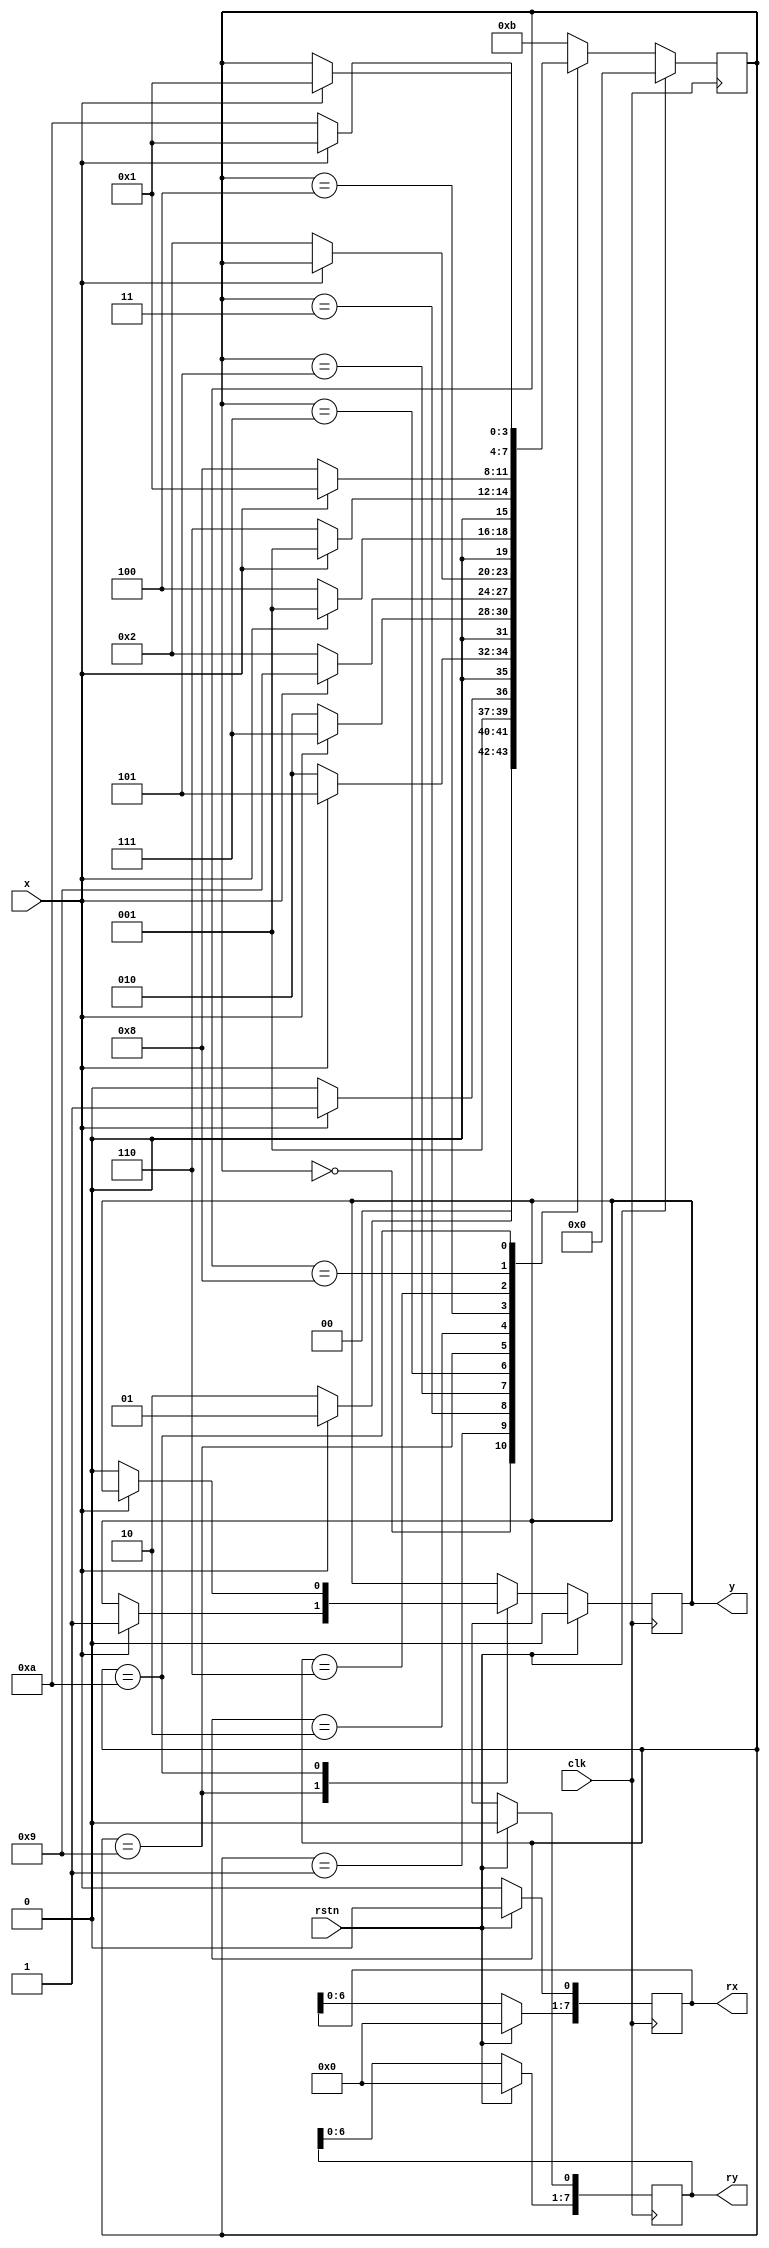
`timescale 1ns / 1ps
//////////////////////////////////////////////////////////////////////////////////
// Company:
// Engineer:
//
// Design Name:
// Module Name: SIR
// Project Name:
// Target Devices:
// Tool Versions:
// Description:
//
// Dependencies:
//
// Revision:
// Revision 0.01 - File Created
// Additional Comments:
//
//////////////////////////////////////////////////////////////////////////////////

module SIR (input clk,
            rstn,
            input x,
            output reg y,
            output reg [7:0]rx,
            ry);
    reg[3:0]state;
    initial begin
        state = 0;
    end
    always@(posedge clk)begin
        if (rstn)begin
            y     <= 0;
            rx    <= 0;
            ry    <= 0;
            state <= 0;
        end
        else begin
            case (state)
            4'd0:   begin if (x)   state <= 4'd1;  else state <= 4'd2; end
            
        4'd1:   begin if (x)   state <= 4'd3;  else state <= 4'd2; end
    4'd3:   begin if (x)   state <= 4'd5;  else state <= 4'd2; end
4'd5:   begin if (x)   state <= 4'd7;  else state <= 4'd2; end
4'd7:   begin if (x)   state <= 4'd9;  else state <= 4'd2; end
4'd9:   begin if (x)   y <= 1;         else state <= 4'd2; end

4'd2:   begin if (~x)  state <= 4'd4;  else state <= 4'd1; end
4'd4:   begin if (~x)  state <= 4'd6;  else state <= 4'd1; end
4'd6:   begin if (~x)  state <= 4'd8;  else state <= 4'd1; end
4'd8:   begin if (~x)  state <= 4'd10; else state <= 4'd1; end
4'd10:  begin if (~x)  y <= 0;         else state <= 4'd1; end
default:state <= 4'd11;
            endcase
            rx    <= rx<<1;
            rx[0] <= x;
            ry    <= ry<<1;
            ry[0] <= y;
        end
        
    end
    
endmodule